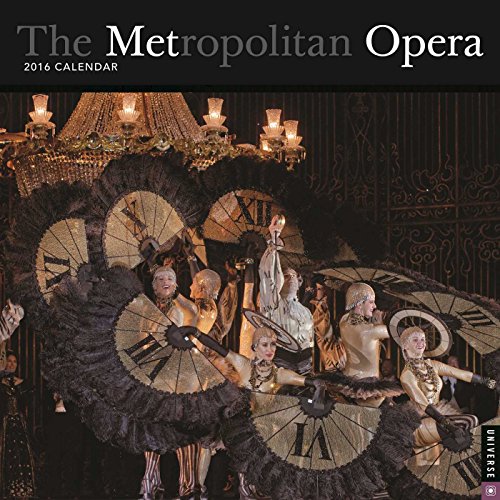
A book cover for The Metropolitan Opera 2016 Wall Calendar; Metropolitan Opera; Calendars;